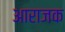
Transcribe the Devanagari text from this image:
आराजक